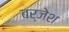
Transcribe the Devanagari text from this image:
बर्जेश